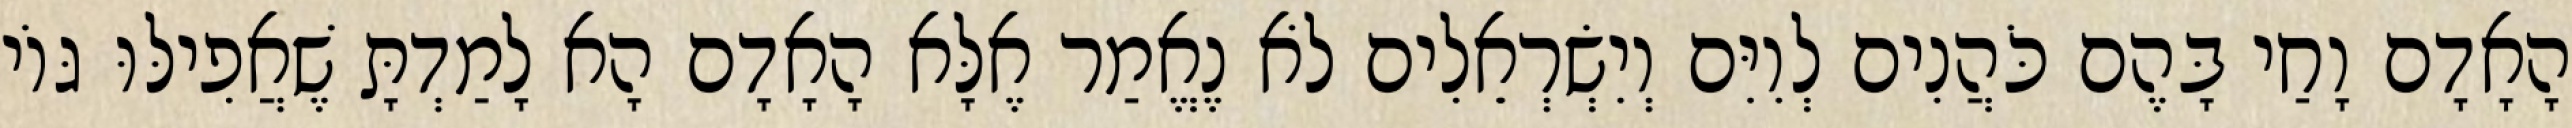
הָאָדָם וָחַי בָּהֶם כֹּהֲנִים לְוִיִּם וְיִשְׂרְאֵלִים לֹא נֶאֱמַר אֶלָּא הָאָדָם הָא לָמַדְתָּ שֶׁאֲפִילּוּ גּוֹי